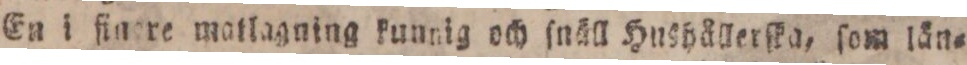
En i fingre matlagning kunnig och ſnäll Hushållerſka, ſom län=